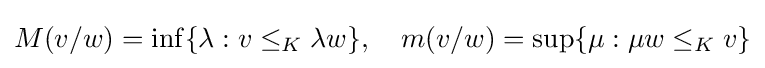
M(v/w)=\inf\{\lambda :v\leq _{K}\lambda w\},\quad m(v/w)=\sup\{\mu :\mu w\leq _{K}v\}